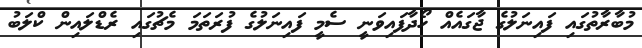
މުބާރާތުގައި ފައިނަލުގެ ޖާގައެއް ހޯދާފައިވަނީ ސެމީ ފައިނަލުގެ ފުރަތަމަ މެޗުގައި ރެޑްލައިން ކްލަބު